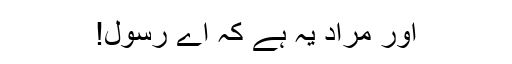
اور مراد یہ ہے کہ اے رسولؐ!